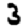
Digit: 3